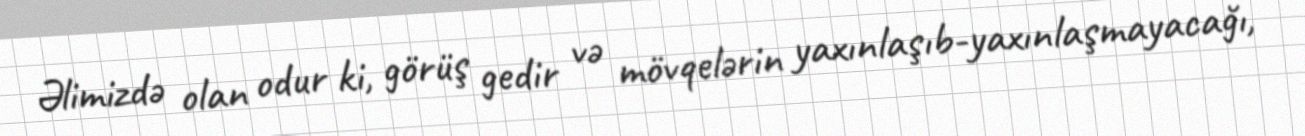
Əlimizdə olan odur ki, görüş gedir və mövqelərin yaxınlaşıb-yaxınlaşmayacağı,